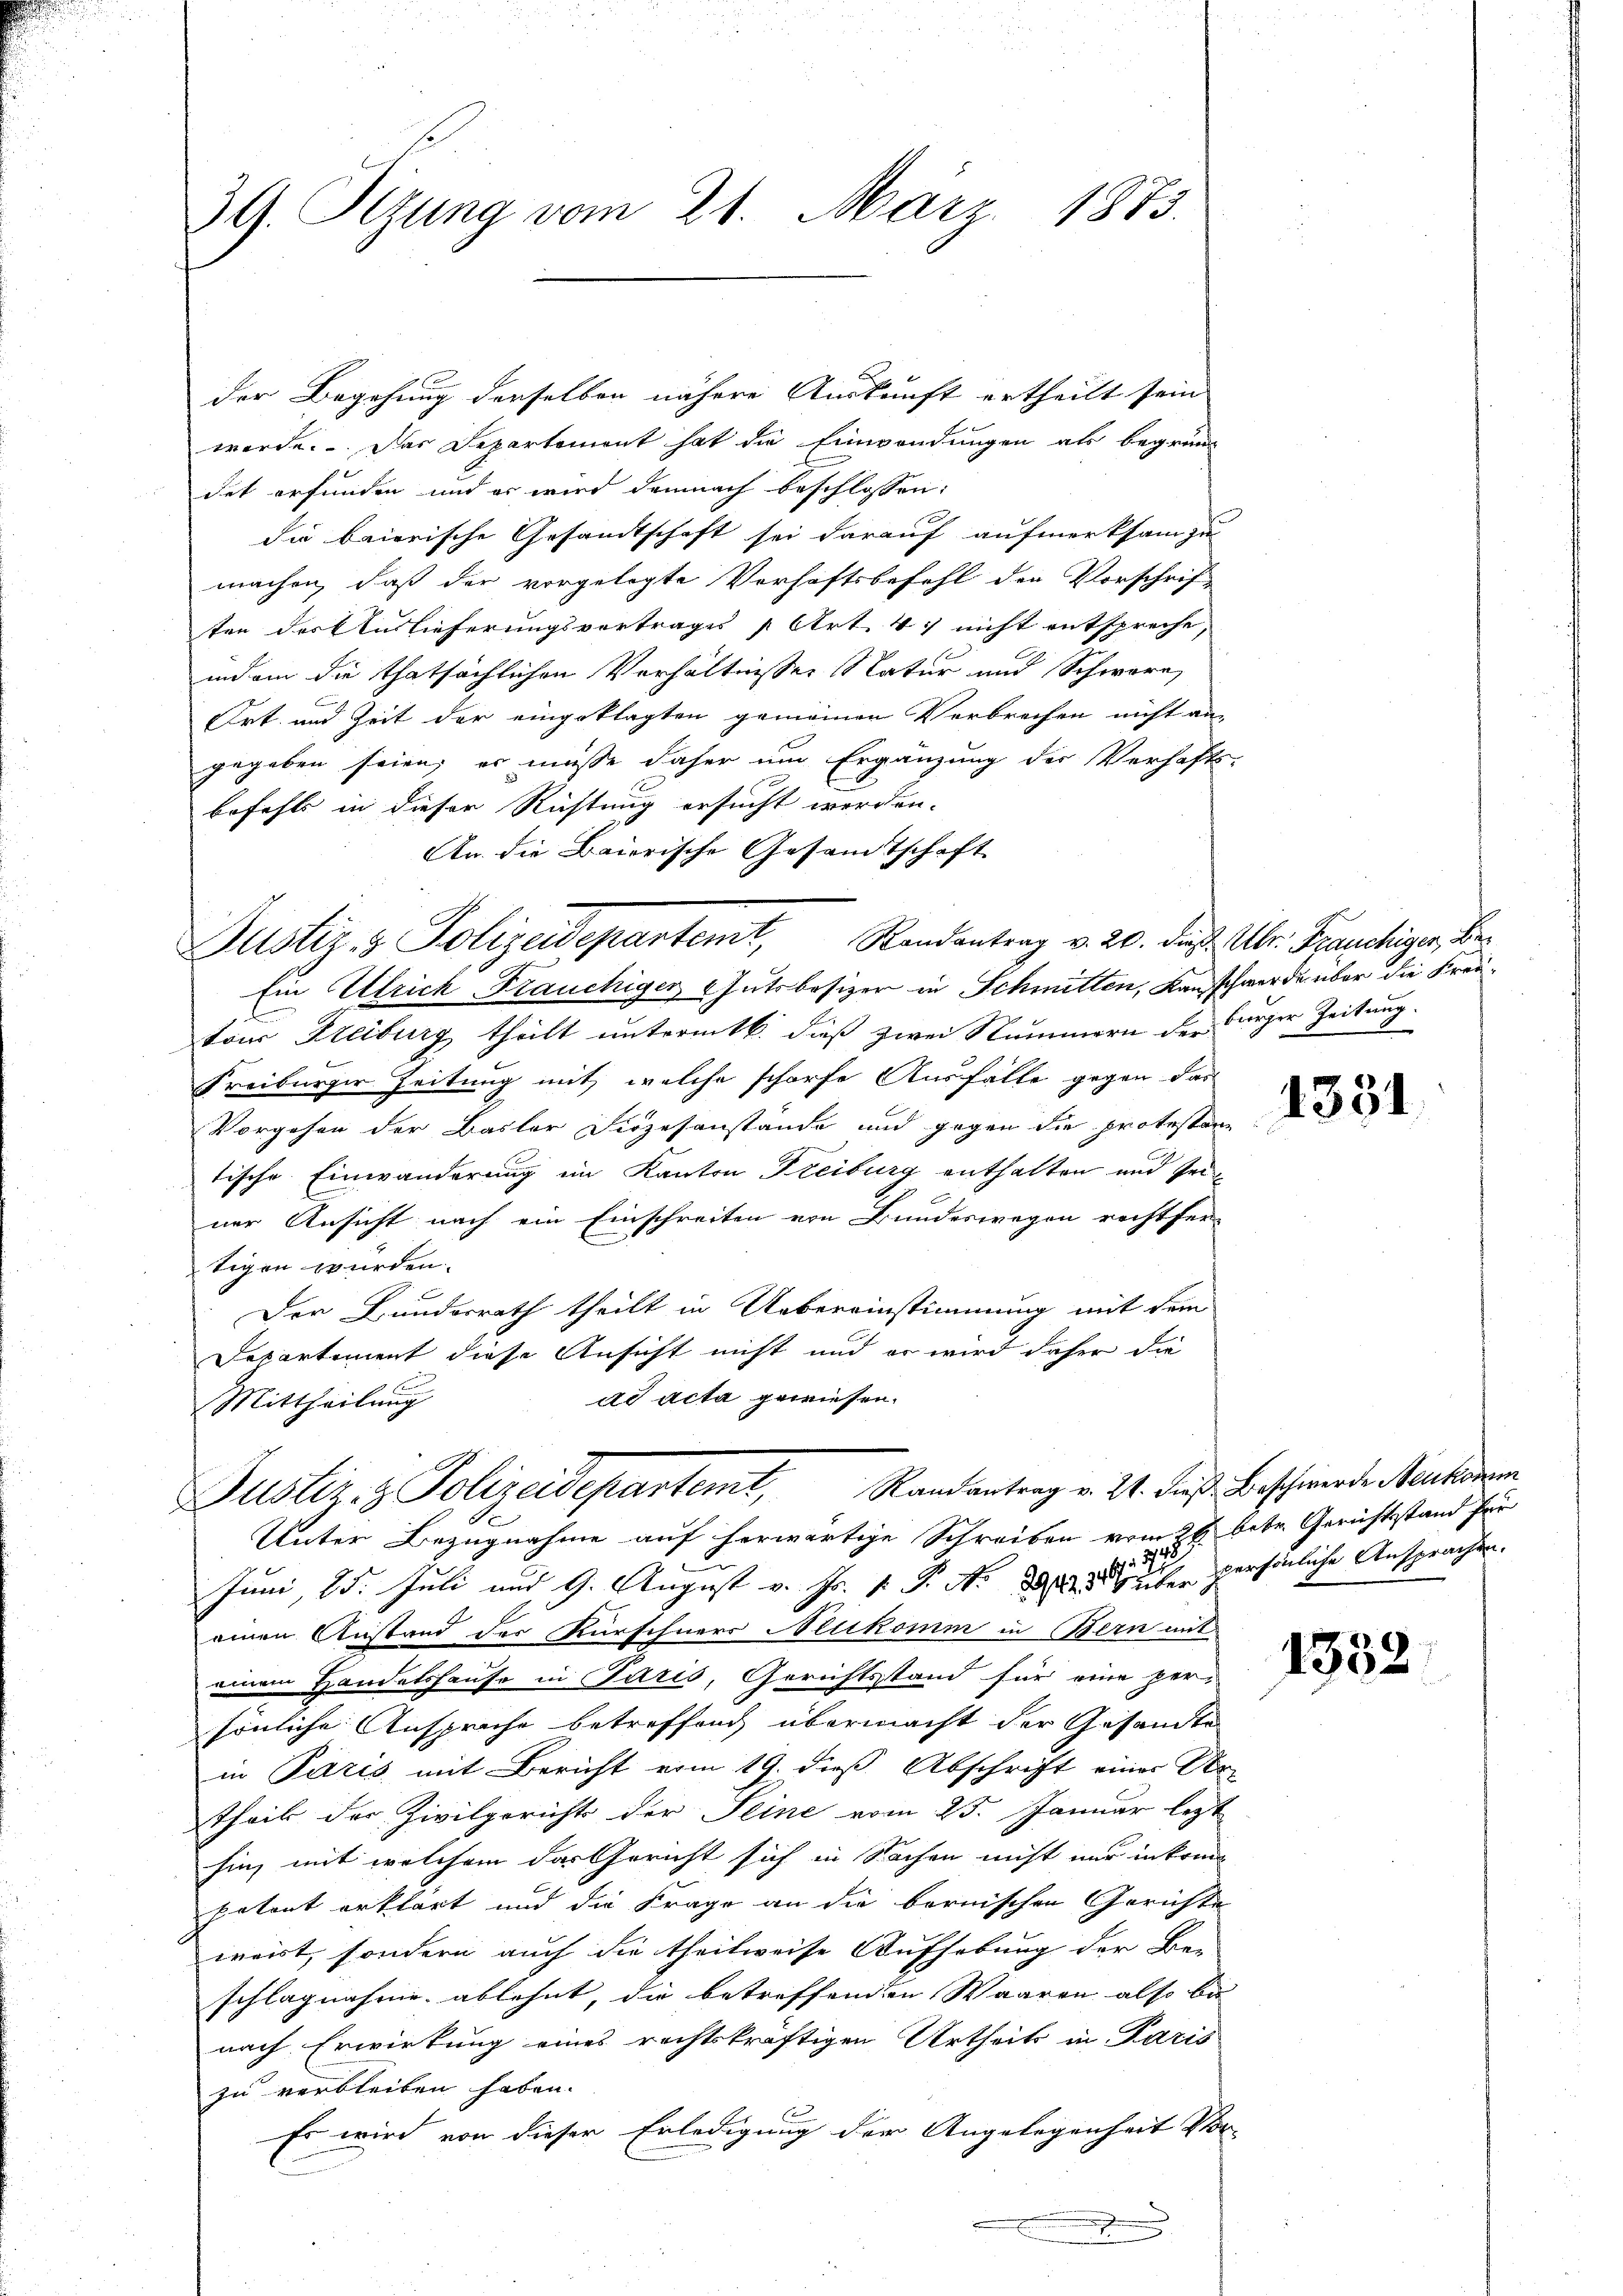
der Begehung derselben nähere Auskunft ertheilt sein
werde. Das Departement hat die Einwendungen als begründ
det erfunden und er wird demnach beschlossen:
die baierische Gesandtschaft sei darauf aufmerksam zu
machen, daß der vorgelegte Verhaftsbefehl der Vorschrif-
ten der Auslieferungsvertrages [Art. 47 nicht entspreche,
indem die thatsächlichen Verhältnisser Natur und Schwäre,
Ort und Zeit der eingeklagten gemeinen Verbrechen nicht an-
gegeben seien; es müße daher um Ergänzung der Verhafts-
befehls in dieser Richtung ersucht worden.
An die Baierische Gesamtschaft
Justiz- & Polizeidepartemt, Randantrag v. 20. die Uhr. Franchiger, Be¬
Ein Ulrich Frauchigen Gutsbesizer in Schmitten, Kanzschwerde über die Freitour Freiburg theilt untermtb. dieß zwei Nummern der Bürger Zeitung.
Freiburger Zeitung mit, welche scharfe Ausfalle gegen das
Vorgehen der Basler Diözesanstände und gegen die protestan
tische Einwanderung im Kanton Freiburg enthalten und sein
ner Ansicht nach ein Einschreiten von Bundeswegen rechtfer-
tigen würden.
Der Bundesrath theilt in Uebereinstimmung mit dem
Departement diese Ansicht nicht und er wird daher die
ad acta gewiesen.
Mittheilung

39. Sitzung vom 21. März 1873.

Justiz & Polizeidepartemt, Randantrag v. 24. de

Unter Bezugnahme auf herwärtige Schreiben vom 26. betr. Gerichtsstand für
Juni 25. Juli und 9. August v. Js. v. P. N. 8 die persönliche Ansprachen.
einen Anstand der Kürschners Mitkomm in Bern mit
einem Handelshause in Paris, Gerichtsstand für eine per-
sönliche Ansprüche betreffend übermacht der Gesandte
in Paris mit Bericht vom 19. dieß Abschrift einer Ar-
theil der Zivilgerichts der Seine vom 25. Januar lezt
hin, mit welchem das Gericht sich in Sachen nicht nur inkom¬
Potort erklärt und die Frage an die bernischen Gerichte
weist, sondern auch die theilweise Aufhebung der Be-
schlagnahme ablehnt, die betreffenden Waaren also be-
nach Erwirkung eines rechtskräftigen Urtheils in Paris
zu verbleiben haben.
Es wird von dieser Erledigung der Angelegenheit Vor-
.

1331

Beschwerde Neukomm

1332